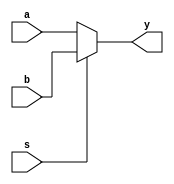
module mux2(a, b, s, y);

	// input ports & output port
	input a, b, s;
	output reg y;
	
	always @ (*) begin
		if(s == 1'b0) y <= a;
		else y <= b;
	end
	
endmodule